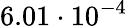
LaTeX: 6.01\cdot 10^{-4}